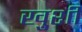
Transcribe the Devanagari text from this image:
खु़शी